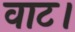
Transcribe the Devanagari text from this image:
वाट।